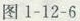
图1-12-6